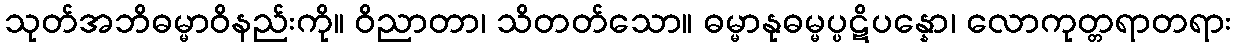
သုတ်အဘိဓမ္မာဝိနည်းကို။ ဝိညာတာ၊ သိတတ်သော။ ဓမ္မာနုဓမ္မပ္ပဋိပန္နော၊ လောကုတ္တရာတရား